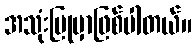
အသုံးပြုမှာဖြစ်ပါတယ်။